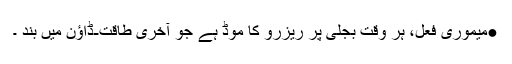
●میموری فعل، ہر وقت بجلی پر ریزرو کا موڈ ہے جو آخری طاقت-ڈاؤن میں بند ۔